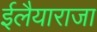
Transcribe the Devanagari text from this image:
ईलैयाराजा